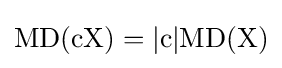
\mathrm {MD(cX)=|c|MD(X)}